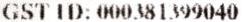
GST ID: 000381399040